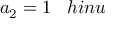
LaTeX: a _ { 2 } = 1 \; \; \; h i n u